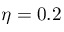
\eta = 0 . 2